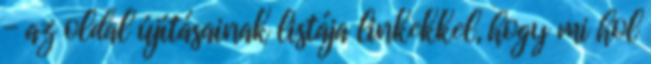
- az oldal újításainak listája linkekkel, hogy mi hol